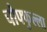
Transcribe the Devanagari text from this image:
चौफ्फुल्ला